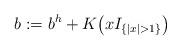
LaTeX: \begin{align*}b := b^h + K\big(xI_{\{|x|>1\}}\big)\end{align*}